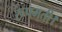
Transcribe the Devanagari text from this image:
रूपमती।